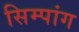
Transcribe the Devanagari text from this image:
सिम्पांग